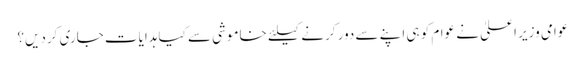
عوامی وزیر اعلیٰ نے عوام کو ہی اپنے سے دور کرنے کیلئے خاموشی سے کیا ہدایات جاری کردیں؟